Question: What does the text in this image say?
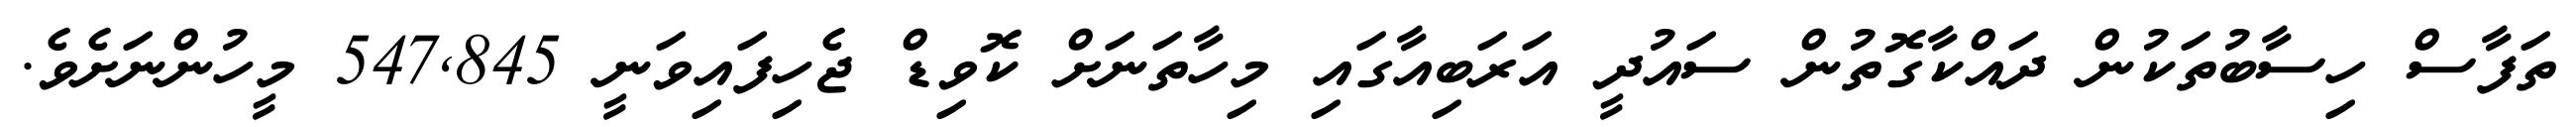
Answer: ތަފާސް ހިސާބުތަކުން ދައްކާގޮތުން ސައުދީ އަރަބިއާގައި މިހާތަނަށް ކޮވިޑް ޖެހިފައިވަނީ 547,845 މީހުންނަށެވެ.